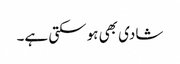
شادی بھی ہوسکتی ہے۔